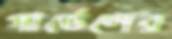
গার্ডেলের